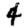
Digit: 4